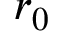
r _ { 0 }